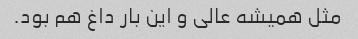
مثل همیشه عالی و این بار داغ هم بود.